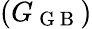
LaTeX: \left(G_{\mathrm{~G~B~}}\right)